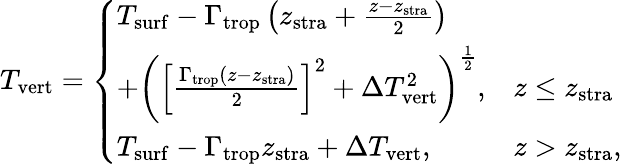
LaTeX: T_{\mathrm{vert}}=\left\{ \begin{array}{ll}{T_{\mathrm{surf}}-\Gamma_{\mathrm{trop}}\left(z_{\mathrm{stra}}+\frac{z-z_{\mathrm{stra}}}{2}\right)}&\\ {+\left(\left[\frac{\Gamma_{\mathrm{trop}}\left(z-z_{\mathrm{stra}}\right)}{2}\right]^{2}+\Delta T_{\mathrm{vert}}^{2}\right)^{\frac{1}{2}},}&{z\leq z_{\mathrm{stra}}}\\ {T_{\mathrm{surf}}-\Gamma_{\mathrm{trop}}z_{\mathrm{stra}}+\Delta T_{\mathrm{vert}},}&{z>z_{\mathrm{stra}},}\end{array}\right.